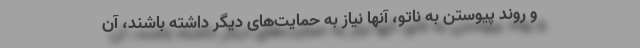
و روند پیوستن به ناتو، آنها نیاز به حمایت‌های دیگر داشته باشند، آن